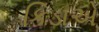
કિડાએ